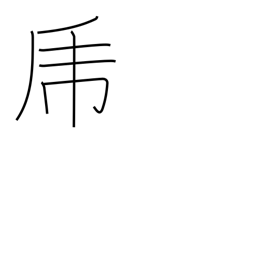
Meaning: brave